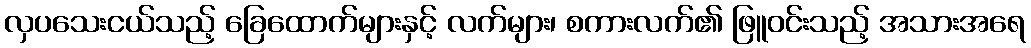
လှပသေးငယ်သည့် ခြေထောက်များနှင့် လက်များ၊ စကားလက်၏ ဖြူဝင်းသည့် အသားအရေ